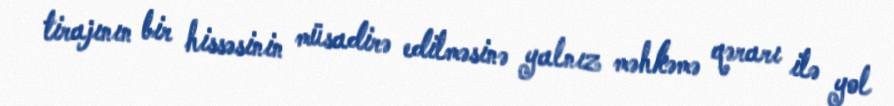
tirajının bir hissəsinin müsadirə edilməsinə yalnız məhkəmə qərarı ilə yol